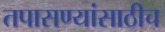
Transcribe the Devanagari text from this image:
तपासण्यांसाठीच